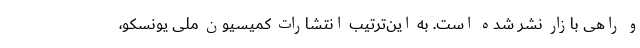
و راهی بازار نشر شده است. به این‌ترتیب انتشارات کمیسیون ملی یونسکو،